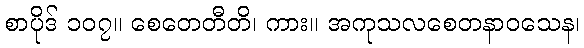
စာပိုဒ် ၁၀၇။ စေတေတီတိ၊ ကား။ အကုသလစေတနာဝသေန၊